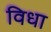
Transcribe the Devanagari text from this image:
विधा